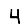
Digit: 4